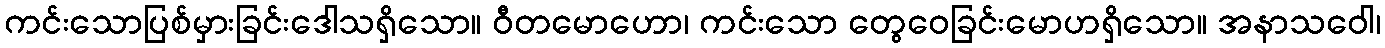
ကင်းသောပြစ်မှားခြင်းဒေါသရှိသော။ ဝီတမောဟော၊ ကင်းသော တွေဝေခြင်းမောဟရှိသော။ အနာသဝေါ၊